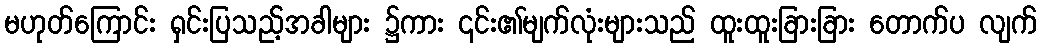
မဟုတ်ကြောင်း ရှင်းပြသည့်အခါများ ၌ကား ၎င်း၏မျက်လုံးများသည် ထူးထူးခြားခြား တောက်ပ လျက်